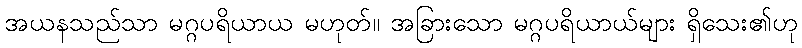
အယနသည်သာ မဂ္ဂပရိယာယ မဟုတ်။ အခြားသော မဂ္ဂပရိယာယ်များ ရှိသေး၏ဟု